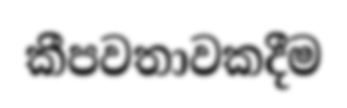
කීපවතාවකදීම